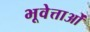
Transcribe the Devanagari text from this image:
भूवेत्ताओं